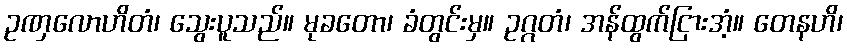
ဥဏှလောဟိတံ၊ သွေးပူသည်။ မုခတော၊ ခံတွင်းမှ။ ဥဂ္ဂတံ၊ အန်ထွက်ငြားအံ့။ တေနဟိ၊